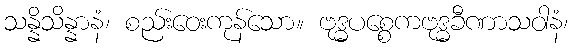
သန္နိသိန္နာနံ၊ စည်းဝေးကုန်သော။ ဗုဒ္ဓပစ္စေကဗုဒ္ဓခီဏာသဝါနံ၊